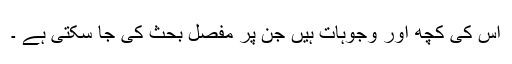
اس کی کچھ اور وجوہات ہیں جن پر مفصل بحث کی جا سکتی ہے ۔